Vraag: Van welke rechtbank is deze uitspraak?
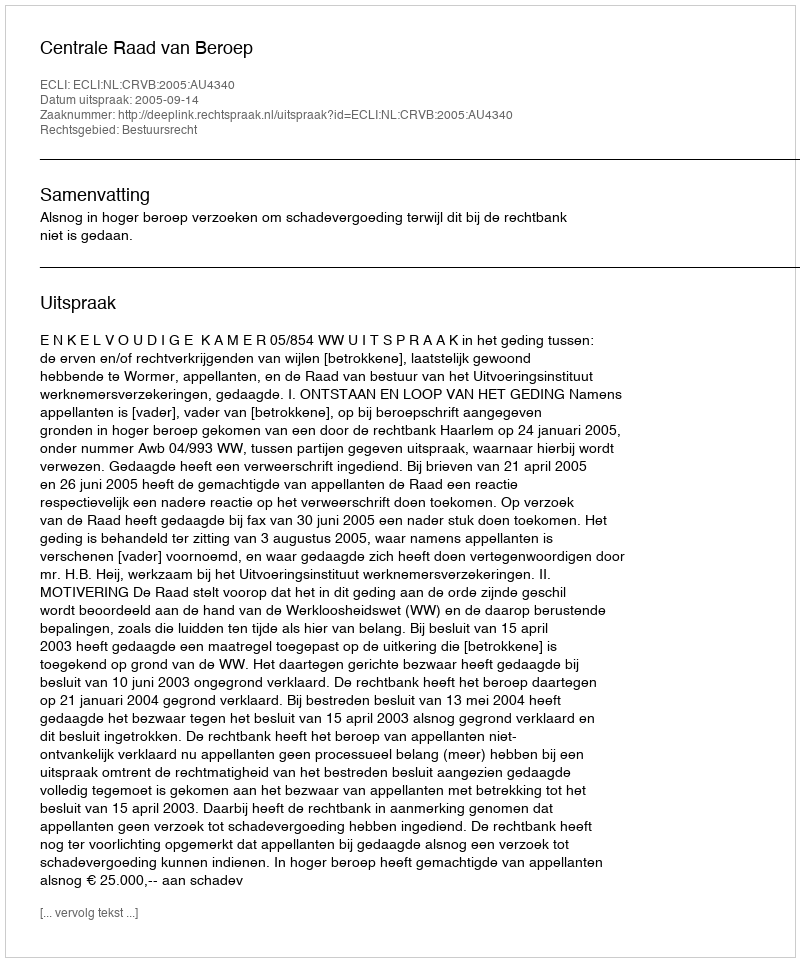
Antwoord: Centrale Raad van Beroep